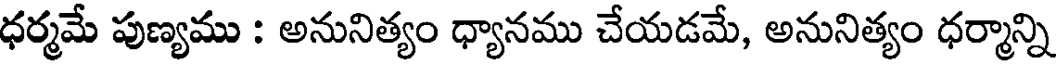
ధర్మమే పుణ్యము : అనునిత్యం ధ్యానము చేయడమే, అనునిత్యం ధర్మాన్ని